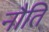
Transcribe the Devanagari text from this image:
नौति